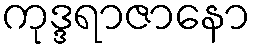
ကုဒ္ဒရာဇာနော